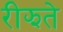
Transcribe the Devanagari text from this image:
रीझते